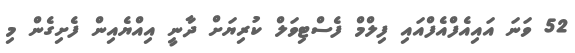
52 ވަނަ އައިއެފްއެފްއައި ފިލްމް ފެސްޓިވަލް ކުރިޔަށް ދާނީ އިއްޔެއިން ފެށިގެން މި